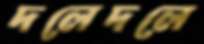
দলেদলে